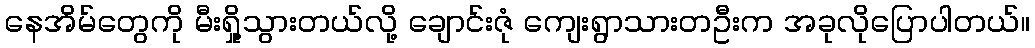
နေအိမ်တွေကို မီးရှို့သွားတယ်လို့ ချောင်းဇုံ ကျေးရွာသားတဦးက အခုလိုပြောပါတယ်။